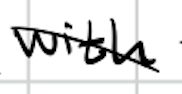
Text: with
Cross-out: diagonal
Writing tool: digital_black